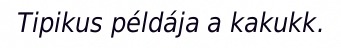
Tipikus példája a kakukk.